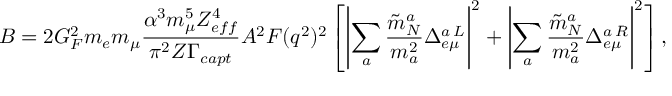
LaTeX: B = 2 G _ { F } ^ { 2 } m _ { e } m _ { \mu } \frac { \alpha ^ { 3 } m _ { \mu } ^ { 5 } Z _ { e f f } ^ { 4 } } { \pi ^ { 2 } Z \Gamma _ { c a p t } } A ^ { 2 } F ( q ^ { 2 } ) ^ { 2 } \left[ \left| \sum _ { a } \frac { \tilde { m } _ { N } ^ { a } } { m _ { a } ^ { 2 } } \Delta _ { e \mu } ^ { a \, L } \right| ^ { 2 } + \left| \sum _ { a } \frac { \tilde { m } _ { N } ^ { a } } { m _ { a } ^ { 2 } } \Delta _ { e \mu } ^ { a \, R } \right| ^ { 2 } \right] ,